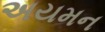
અયમન